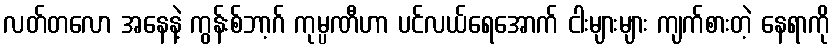
လတ်တလော အနေနဲ့ ကွန်းစ်ဘာ့ဂ် ကုမ္ပဏီဟာ ပင်လယ်ရေအောက် ငါးများများ ကျက်စားတဲ့ နေရာကို